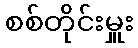
စစ်တိုင်းမှူး